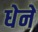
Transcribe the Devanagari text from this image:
धेने